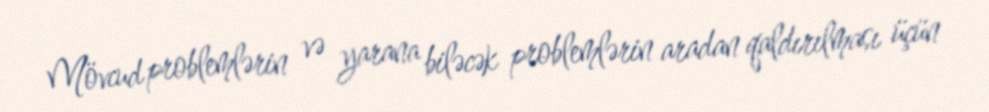
Mövcud problemlərin və yarana biləcək problemlərin aradan qaldırılması üçün